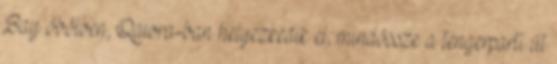
Bay öbölben, Qawra-ban helyezkedik el, mindössze a tengerparti út